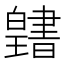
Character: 𤾭